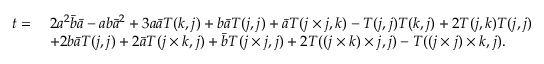
\begin{array} { r l } { t = } & { \; 2 a ^ { 2 } \bar { b } \bar { a } - a b \bar { a } ^ { 2 } + 3 a \bar { a } T ( k , j ) + b \bar { a } T ( j , j ) + \bar { a } T ( j \times j , k ) - T ( j , j ) T ( k , j ) + 2 T ( j , k ) T ( j , j ) } \\ & { \; + 2 b \bar { a } T ( j , j ) + 2 \bar { a } T ( j \times k , j ) + \bar { b } T ( j \times j , j ) + 2 T ( ( j \times k ) \times j , j ) - T ( ( j \times j ) \times k , j ) . } \end{array}